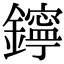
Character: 鑏